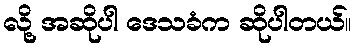
လို့ အဆိုပါ ဒေသခံက ဆိုပါတယ်။